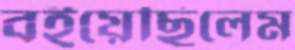
বইয়েছিলেম